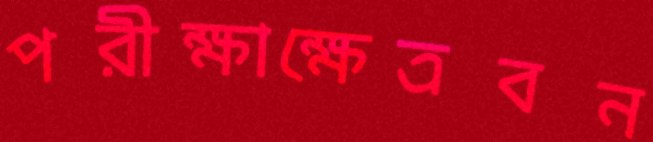
পরীক্ষাক্ষেত্রবন